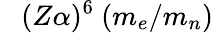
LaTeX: ~~~(Z\alpha)^{6}~(m_{e}/m_{n})